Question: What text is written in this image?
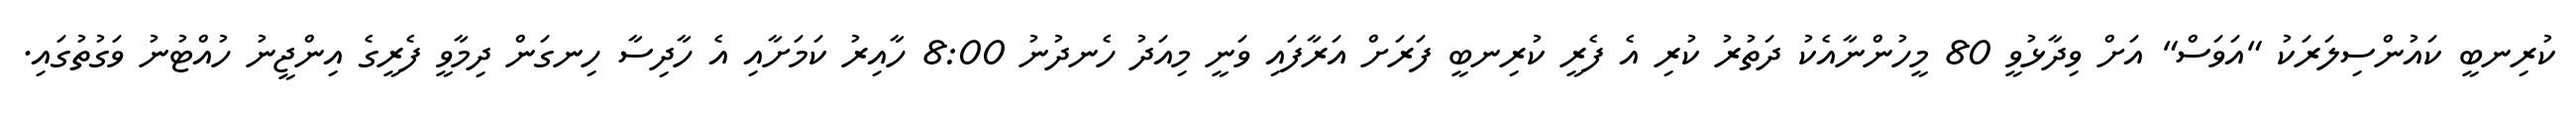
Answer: ކުރިނބީ ކައުންސިލަރަކު "އަވަސް" އަށް ވިދާޅުވީ 80 މީހުންނާއެކު ދަތުރު ކުރި އެ ފެރީ ކުރިނބީ ފަރަށް އަރާފައި ވަނީ މިއަދު ހެނދުނު 8:00 ހާއިރު ކަމަށާއި އެ ހާދިސާ ހިނގަން ދިމާވީ ފެރީގެ އިންޖީނު ހުއްޓުނު ވަގުތުގައި.